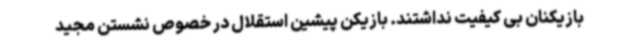
بازیکنان بی کیفیت نداشتند. بازیکن پیشین استقلال در خصوص نشستن مجید